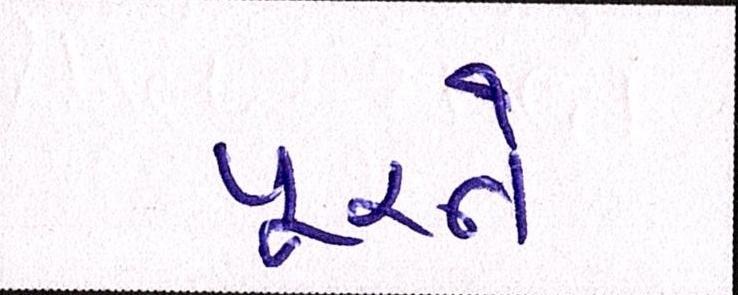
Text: પૂરને